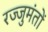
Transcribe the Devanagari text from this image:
रज्जुमंतों